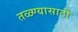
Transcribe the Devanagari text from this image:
तळ्ण्यासाठी